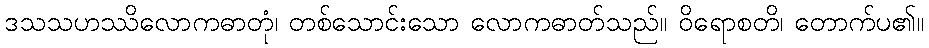
ဒသသဟဿိလောကဓာတုံ၊ တစ်သောင်းသော လောကဓာတ်သည်။ ဝိရောစတိ၊ တောက်ပ၏။